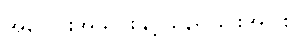
အပေါင်းအသင်းနှင့် နေရခြင်းအပြစ်